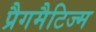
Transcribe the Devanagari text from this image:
प्रैगमैटिज्म